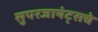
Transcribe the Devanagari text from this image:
सुपरजायंट्सचे